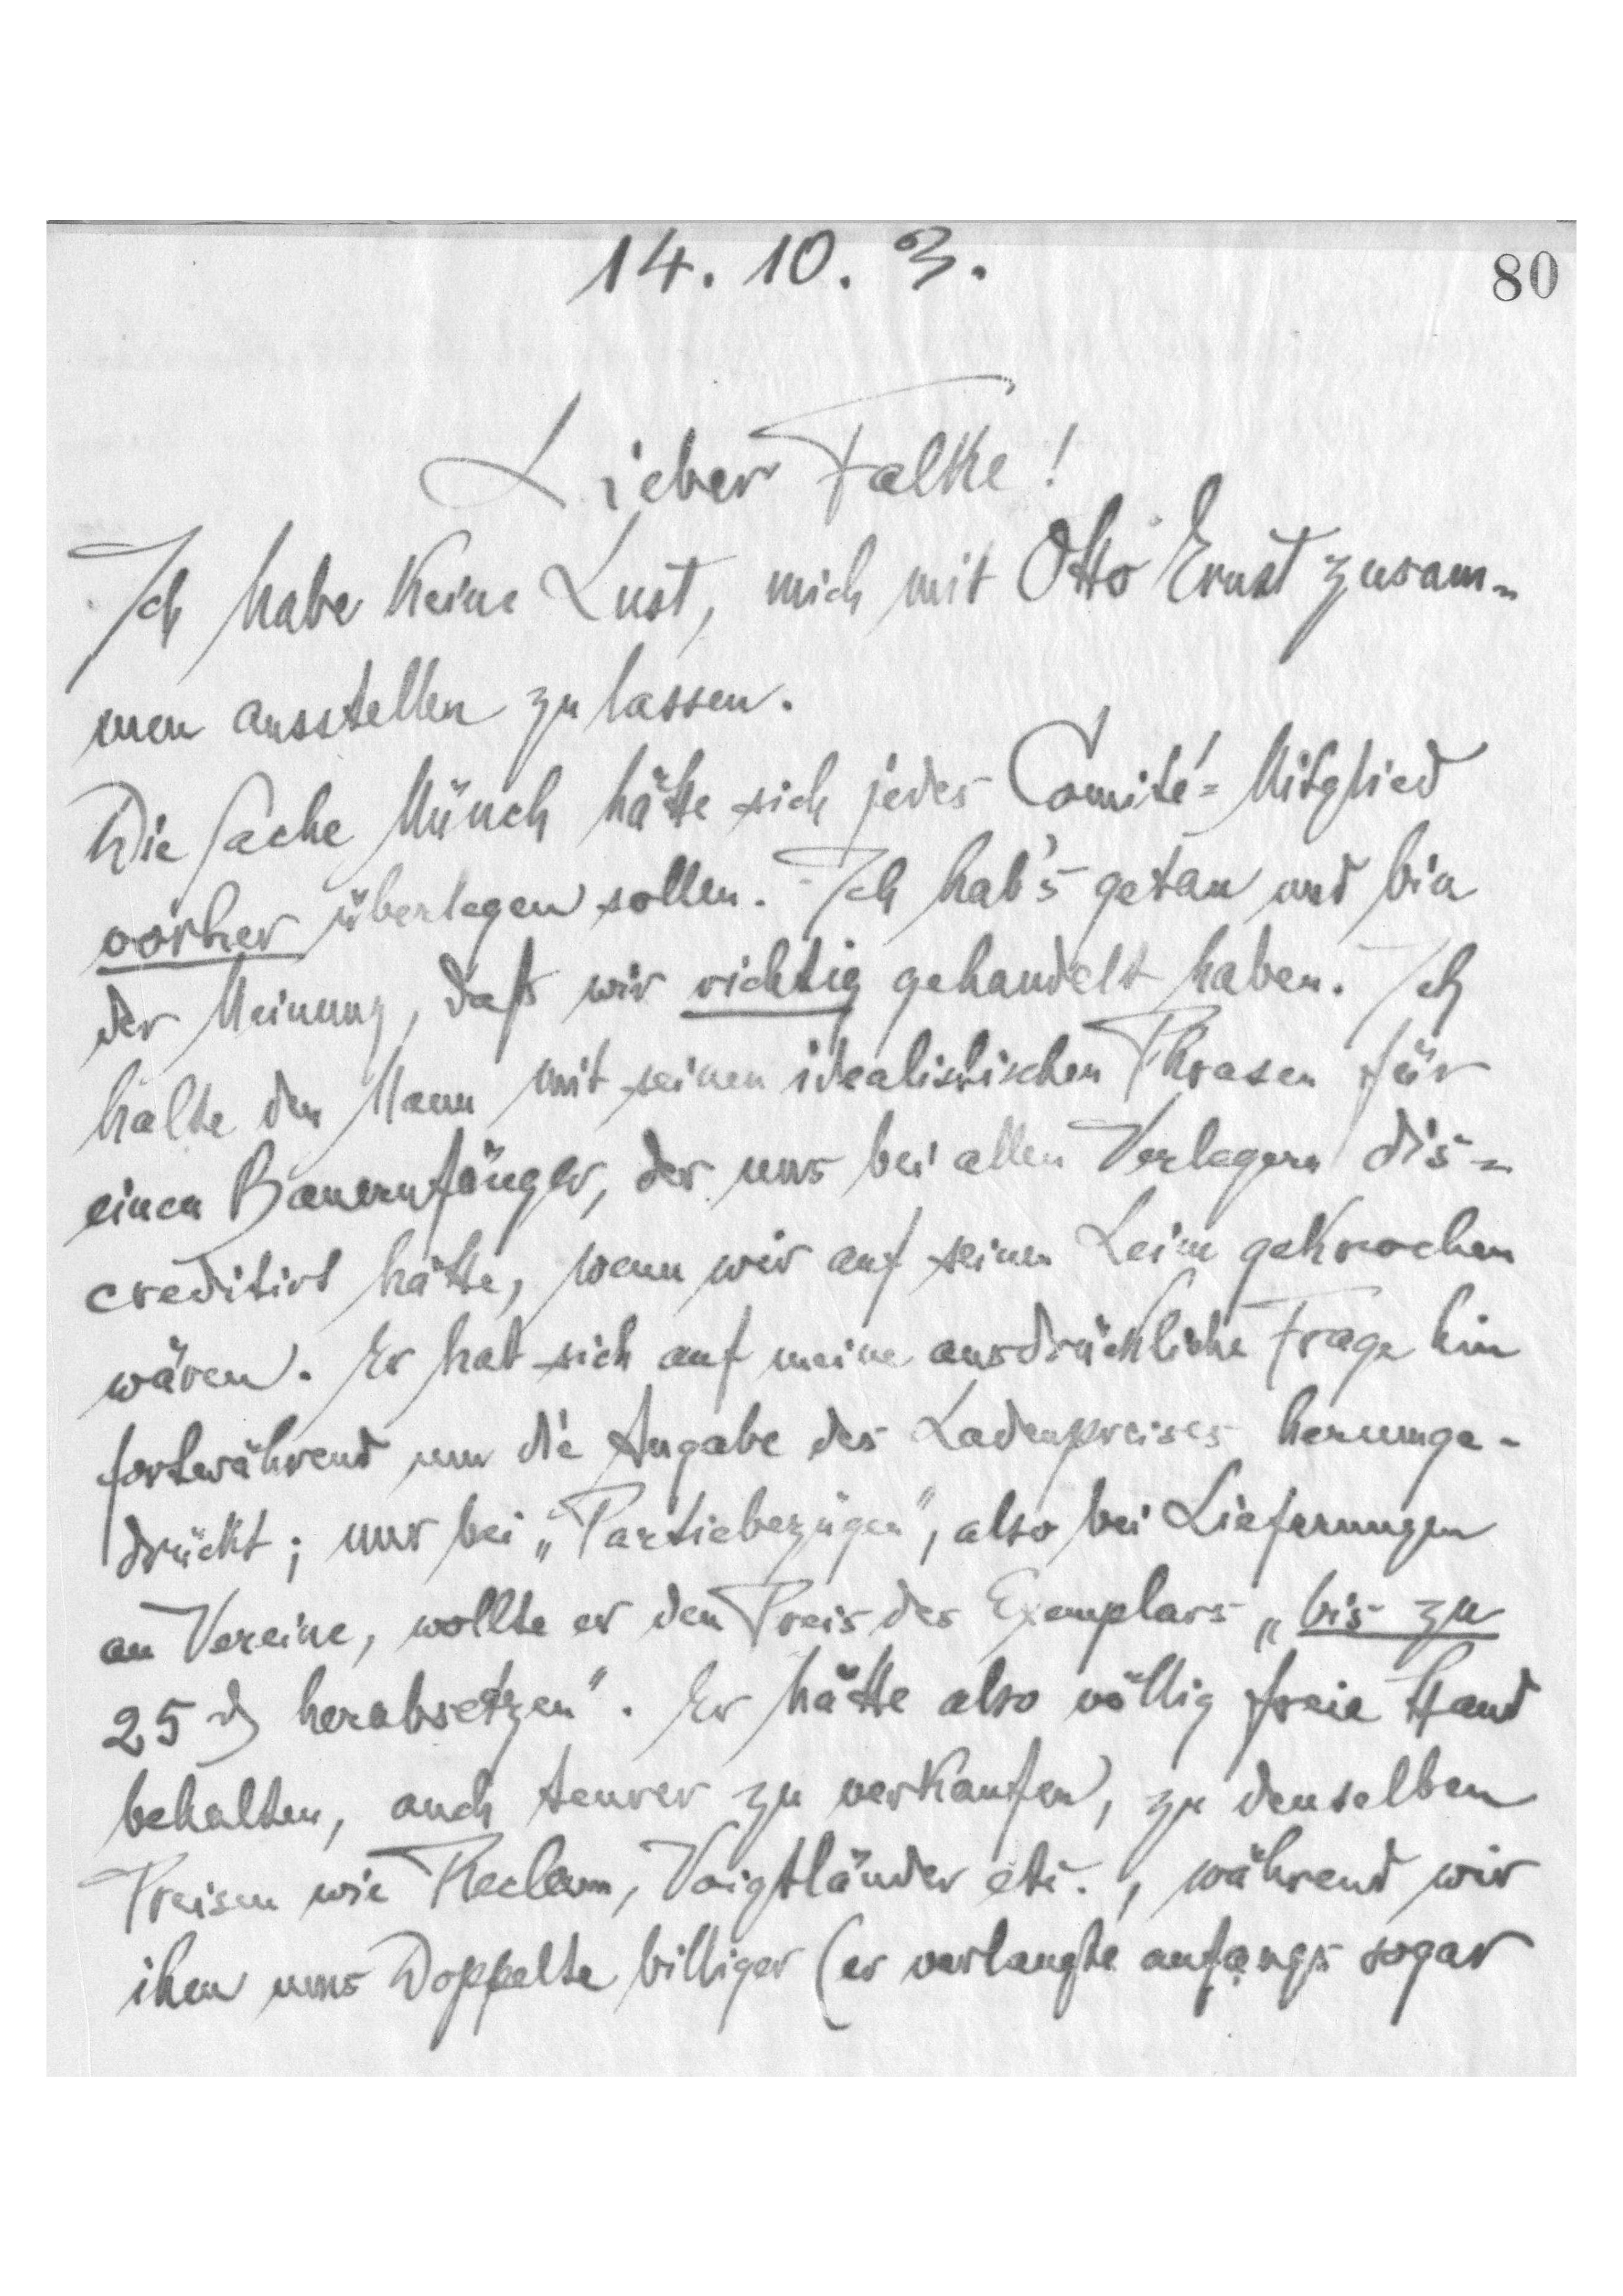
14.10.3
80
Lieber Falke!
Ich habe keine Lust, mich mit Otto Ernst zusam-
men ausstellen zu lassen.
Die Sache Münch. hätte sich jedes Comité-Mitglied
vorher überlegen sollen. Ich hab's getan und bin
der Meinung, daß wir richtig gehandelt haben. Ich
halte den Mann mit seinem idealistischen Phrasen für
einen Bauernfänger, der uns bei allen Verlagen dic-
creditirt hätte, wenn wir auf seinem Leim gekrochen
wären. Er hat sich auf meine ausdrückliche Frage hin
fortwährend um die Angabe des Ladenpreises herumge-
drückt; nur bei „Partiebezügen‟, also bei Lieferungen,
wollte er den Preis der Exemplare „bis zu
25 G herabsetzen”. Er hätte also völlig freie Hand
behalten, auch teurer zu verkaufen, zu denselben
Preisen wie Reclam, Voigtländer etc., während wir
ihm ums Doppelte billiger (er verlangte anfangs sogar